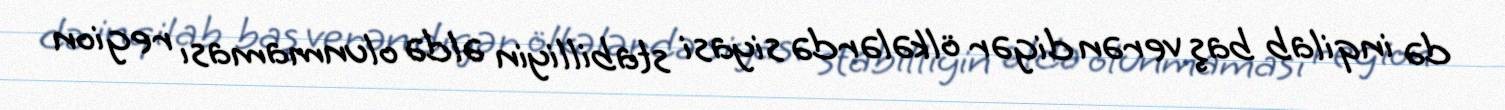
də inqilab baş verən digər ölkələrdə siyasi stabilliyin əldə olunmaması region